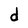
Character: d